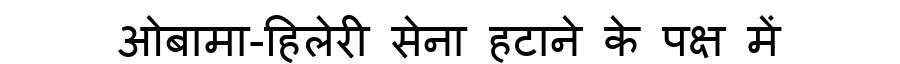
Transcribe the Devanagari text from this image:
ओबामा-हिलेरी सेना हटाने के पक्ष में